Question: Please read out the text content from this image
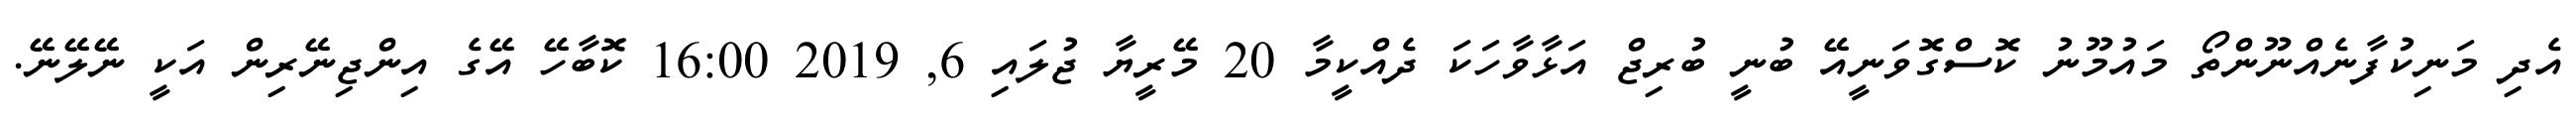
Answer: އެދި މަނިކުފާނެއްނޫންތޯ މައުމޫނު ކޮސްގޮވަނީއޭ ބުނީ ބުރިޖް އަޅާވާހަކަ ދެއްކީމާ 20 މޭރީޔާ ޖުލައި 6, 2019 16:00 ކޮބާހޭ އޭގެ އިންޖިނޭރިން އަކީ ނޭލޭނޭ.